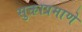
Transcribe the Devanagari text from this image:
सुक्ताप्रमाणे